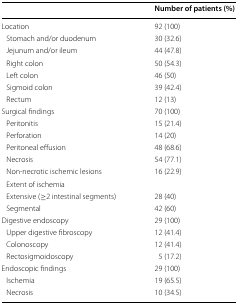
<table><thead><tr><td></td><td><b>Number of patients (%)</b></td></tr></thead><tbody><tr><td>Location</td><td>92 (100)</td></tr><tr><td> Stomach and/or duodenum</td><td>30 (32.6)</td></tr><tr><td> Jejunum and/or ileum</td><td>44 (47.8)</td></tr><tr><td> Right colon</td><td>50 (54.3)</td></tr><tr><td> Left colon</td><td>46 (50)</td></tr><tr><td> Sigmoid colon</td><td>39 (42.4)</td></tr><tr><td> Rectum</td><td>12 (13)</td></tr><tr><td>Surgical findings</td><td>70 (100)</td></tr><tr><td> Peritonitis</td><td>15 (21.4)</td></tr><tr><td> Perforation</td><td>14 (20)</td></tr><tr><td> Peritoneal effusion</td><td>48 (68.6)</td></tr><tr><td> Necrosis</td><td>54 (77.1)</td></tr><tr><td> Non-necrotic ischemic lesions</td><td>16 (22.9)</td></tr><tr><td> Extent of ischemia</td><td></td></tr><tr><td> Extensive (≥2 intestinal segments)</td><td>28 (40)</td></tr><tr><td> Segmental</td><td>42 (60)</td></tr><tr><td>Digestive endoscopy</td><td>29 (100)</td></tr><tr><td> Upper digestive fibroscopy</td><td>12 (41.4)</td></tr><tr><td> Colonoscopy</td><td>12 (41.4)</td></tr><tr><td> Rectosigmoidoscopy</td><td>5 (17.2)</td></tr><tr><td>Endoscopic findings</td><td>29 (100)</td></tr><tr><td> Ischemia</td><td>19 (65.5)</td></tr><tr><td> Necrosis</td><td>10 (34.5)</td></tr></tbody></table>